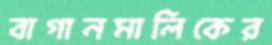
বাগানমালিকের